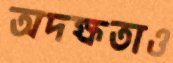
অদক্ষতাও